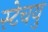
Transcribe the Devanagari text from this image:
स्टेचयु